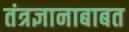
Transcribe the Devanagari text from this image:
तंत्रज्ञानाबाबत